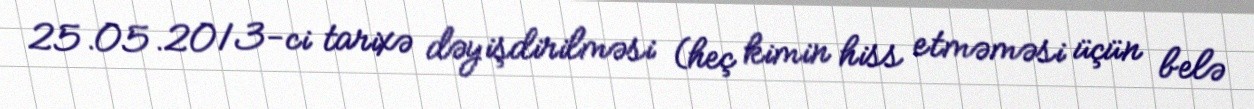
25.05.2013-ci tarixə dəyişdirilməsi (heç kimin hiss etməməsi üçün belə